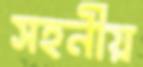
সহনীয়